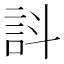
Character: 䚵